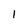
Character: 1